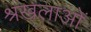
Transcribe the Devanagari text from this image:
श्रखलाओं